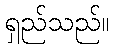
ရှည်သည်။